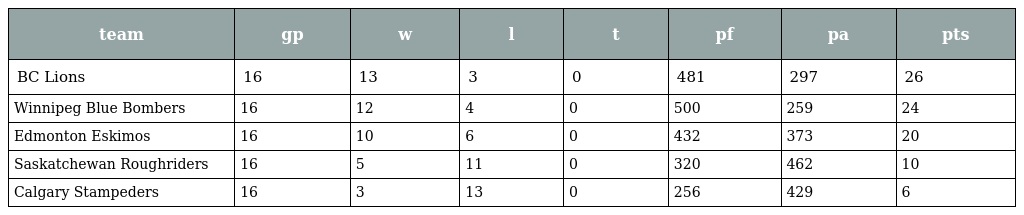
| team | gp | w | l | t | pf | pa | pts |
 | --- | --- | --- | --- | --- | --- | --- | --- |
 | BC Lions | 16 | 13 | 3 | 0 | 481 | 297 | 26 |
 | Winnipeg Blue Bombers | 16 | 12 | 4 | 0 | 500 | 259 | 24 |
 | Edmonton Eskimos | 16 | 10 | 6 | 0 | 432 | 373 | 20 |
 | Saskatchewan Roughriders | 16 | 5 | 11 | 0 | 320 | 462 | 10 |
 | Calgary Stampeders | 16 | 3 | 13 | 0 | 256 | 429 | 6 |